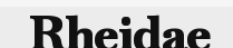
Rheidae